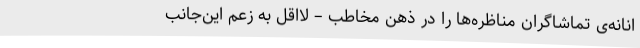
انانه‌ی تماشاگران مناظره‌ها را در ذهن مخاطب – لااقل به زعم این‌جانب